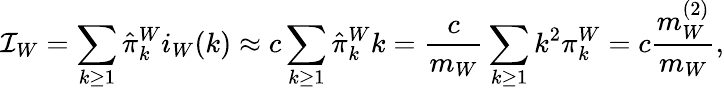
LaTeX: \mathcal{I}_{W}=\sum_{k\geq 1}\hat{\pi}_{k}^{W}i_{W}(k)\approx c\sum_{k\geq 1}\hat{\pi}_{k}^{W}k=\frac{c}{m_{W}}\sum_{k\geq 1}k^{2}\pi_{k}^{W}=c\frac{m_{W}^{(2)}}{m_{W}},